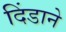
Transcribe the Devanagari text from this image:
दिंडाने